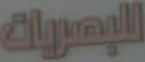
اللبصريات